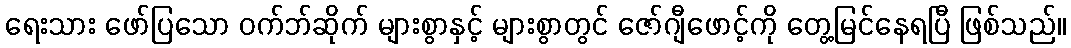
ရေးသား ဖော်ပြသော ဝက်ဘ်ဆိုက် များစွာနှင့် များစွာတွင် ဇော်ဂျီဖောင့်ကို တွေ့မြင်နေရပြီ ဖြစ်သည်။